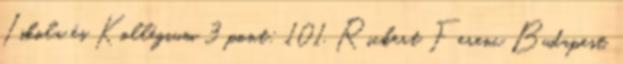
Iskola és Kollégium 3 pont; 101. Rickert Ferenc Budapest,